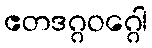
ဧတဒဂ္ဂဝဂ္ဂေါ